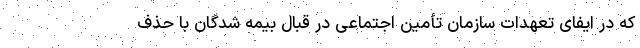
که در ایفای تعهدات سازمان تأمین اجتماعی در قبال بیمه شدگان با حذف